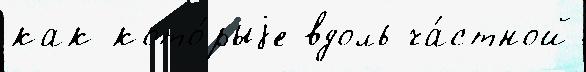
как кото́рыjе вдоль ча́стной